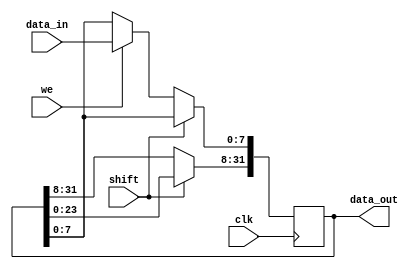
module shift_reg(input clk , we, shift, input [7:0] data_in, output [31:0] data_out);
    reg[31:0] value;
    always @(posedge clk)
    begin
        if(shift)
        begin
            value[31:8]<=value[23:0];
        end
        else if(we)
            value[7:0]<=data_in;
        begin
          
        end
    end
    assign data_out = value;
endmodule